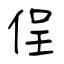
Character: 侱